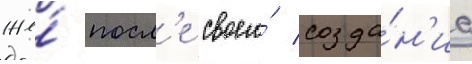
же́ посл'е своего́ созда́н'иа